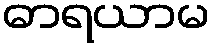
ဓာရယာမ